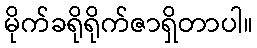
မိုက်ခရိုရိုက်ဇာရှိတာပါ။